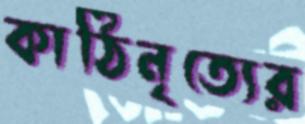
কাঠিনৃত্যের